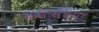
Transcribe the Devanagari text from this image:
भवेत्संध्या